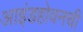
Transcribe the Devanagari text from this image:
आइंडहोवनची